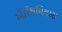
એરિથમિયાસ